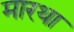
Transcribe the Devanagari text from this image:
मारथा